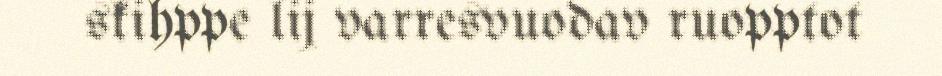
skihppe lij varresvuodav ruopptot